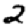
Digit: 2